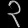
Digit: ၃